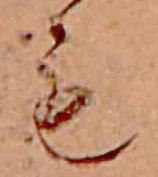
も